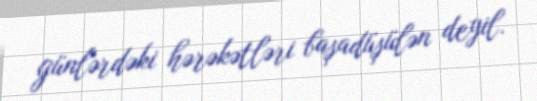
günlərdəki hərəkətləri başadüşülən deyil.